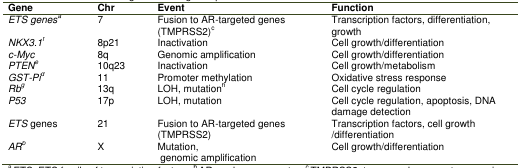
<table><thead><tr><td><b>Gene</b></td><td><b>Chr</b></td><td><b>Event</b></td><td><b>Function</b></td></tr></thead><tbody><tr><td>ETS agenes</td><td>7</td><td>Fusion to AR-targeted genes (TMPRSS2) c</td><td>Transcription factors, differentiation, growth</td></tr><tr><td>NKX3.1 f</td><td>8p21</td><td>Inactivation</td><td>Cell growth/differentiation</td></tr><tr><td>c-Myc</td><td>8q</td><td>Genomic amplification</td><td>Cell growth/differentiation</td></tr><tr><td>PTEN e</td><td>10q23</td><td>Inactivation</td><td>Cell growth/metabolism</td></tr><tr><td>GST-Pi d</td><td>11</td><td>Promoter methylation</td><td>Oxidative stress response</td></tr><tr><td>Rb g</td><td>13q</td><td>LOH h, mutation</td><td>Cell cycle regulation</td></tr><tr><td>P53</td><td>17p</td><td>LOH, mutation</td><td>Cell cycle regulation, apoptosis, DNA damage detection</td></tr><tr><td>ETS genes</td><td>21</td><td>Fusion to AR-targeted genes (TMPRSS2)</td><td>Transcription factors, cell growth /differentiation</td></tr><tr><td>ARb</td><td>X</td><td>Mutation, genomic amplification</td><td>Cell growth/differentiation</td></tr></tbody></table>